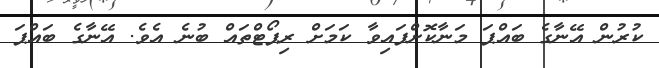
ކުރުން އޭނާގެ ބައްޕަ މަނާކޮށްފައިވާ ކަމަށް ރިޕޯޓްތައް ބުނެ އެވެ. އޭނާގެ ބައްޕަ